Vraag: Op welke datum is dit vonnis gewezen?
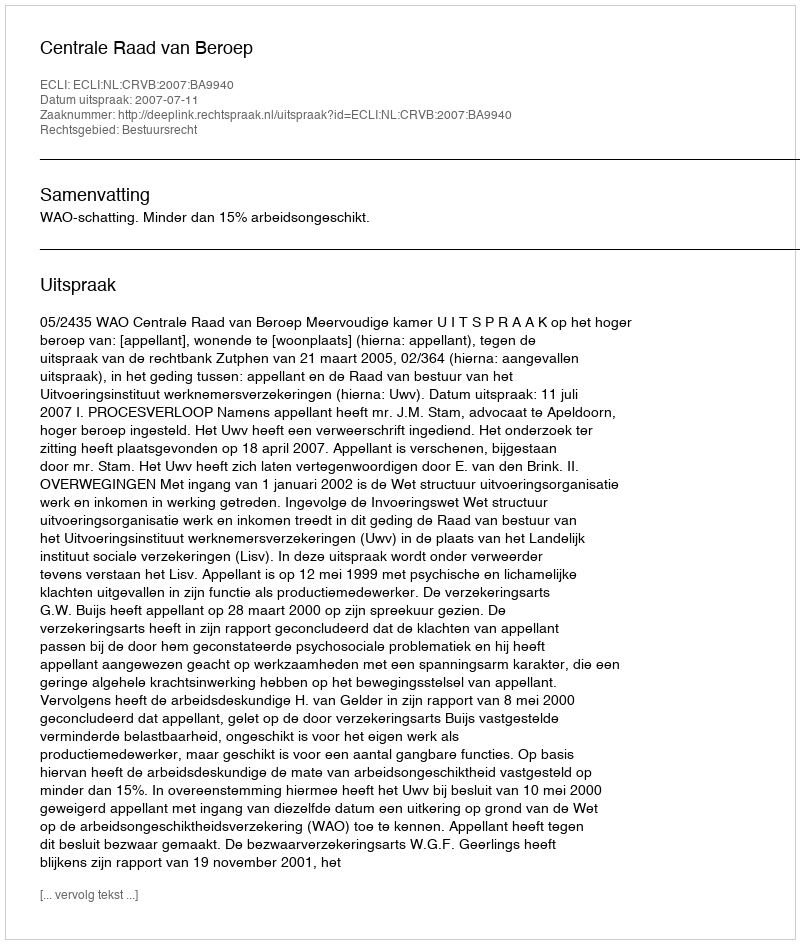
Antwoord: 2007-07-11